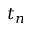
t _ { n }